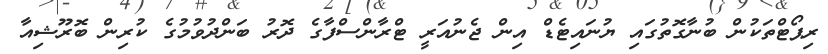
ރިޕޯޓްތަކުން ބުނާގޮތުގައި ޔުނައިޓެޑް އިން ޖެނުއަރީ ޓްރާންސްފާގެ ދޮރު ބަންދުވުމުގެ ކުރިން ބޮރޫޝިއާ